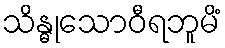
သိန္ဓုသောဝီရဘူမိံ